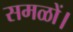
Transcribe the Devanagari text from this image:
समळों।